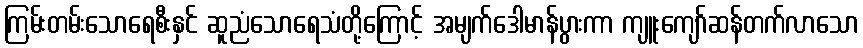
ကြမ်းတမ်းသောရေစီးနှင် ဆူညံသောရေသံတို့ကြောင့် အမျက်ဒေါမာန်ပွားကာ ကျူးကျော်ဆန်တက်လာသော